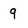
Character: 9